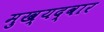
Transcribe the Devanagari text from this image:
मुख्‍यद्वार